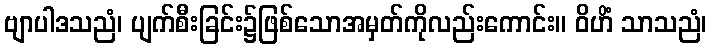
ဗျာပါဒသညံ၊ ပျက်စီးခြင်း၌ဖြစ်သောအမှတ်ကိုလည်းကောင်း။ ဝိဟိံ သာသညံ၊